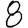
Digit: 8